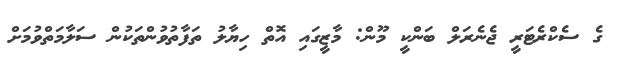
ގެ ސެކްރެޓަރީ ޖެނެރަލް ބަންކީ މޫން: މާޒީގައި އޮތް ހިޔާލު ތަފާތުވުންތަކުން ސަލާމަތްވުމަށް